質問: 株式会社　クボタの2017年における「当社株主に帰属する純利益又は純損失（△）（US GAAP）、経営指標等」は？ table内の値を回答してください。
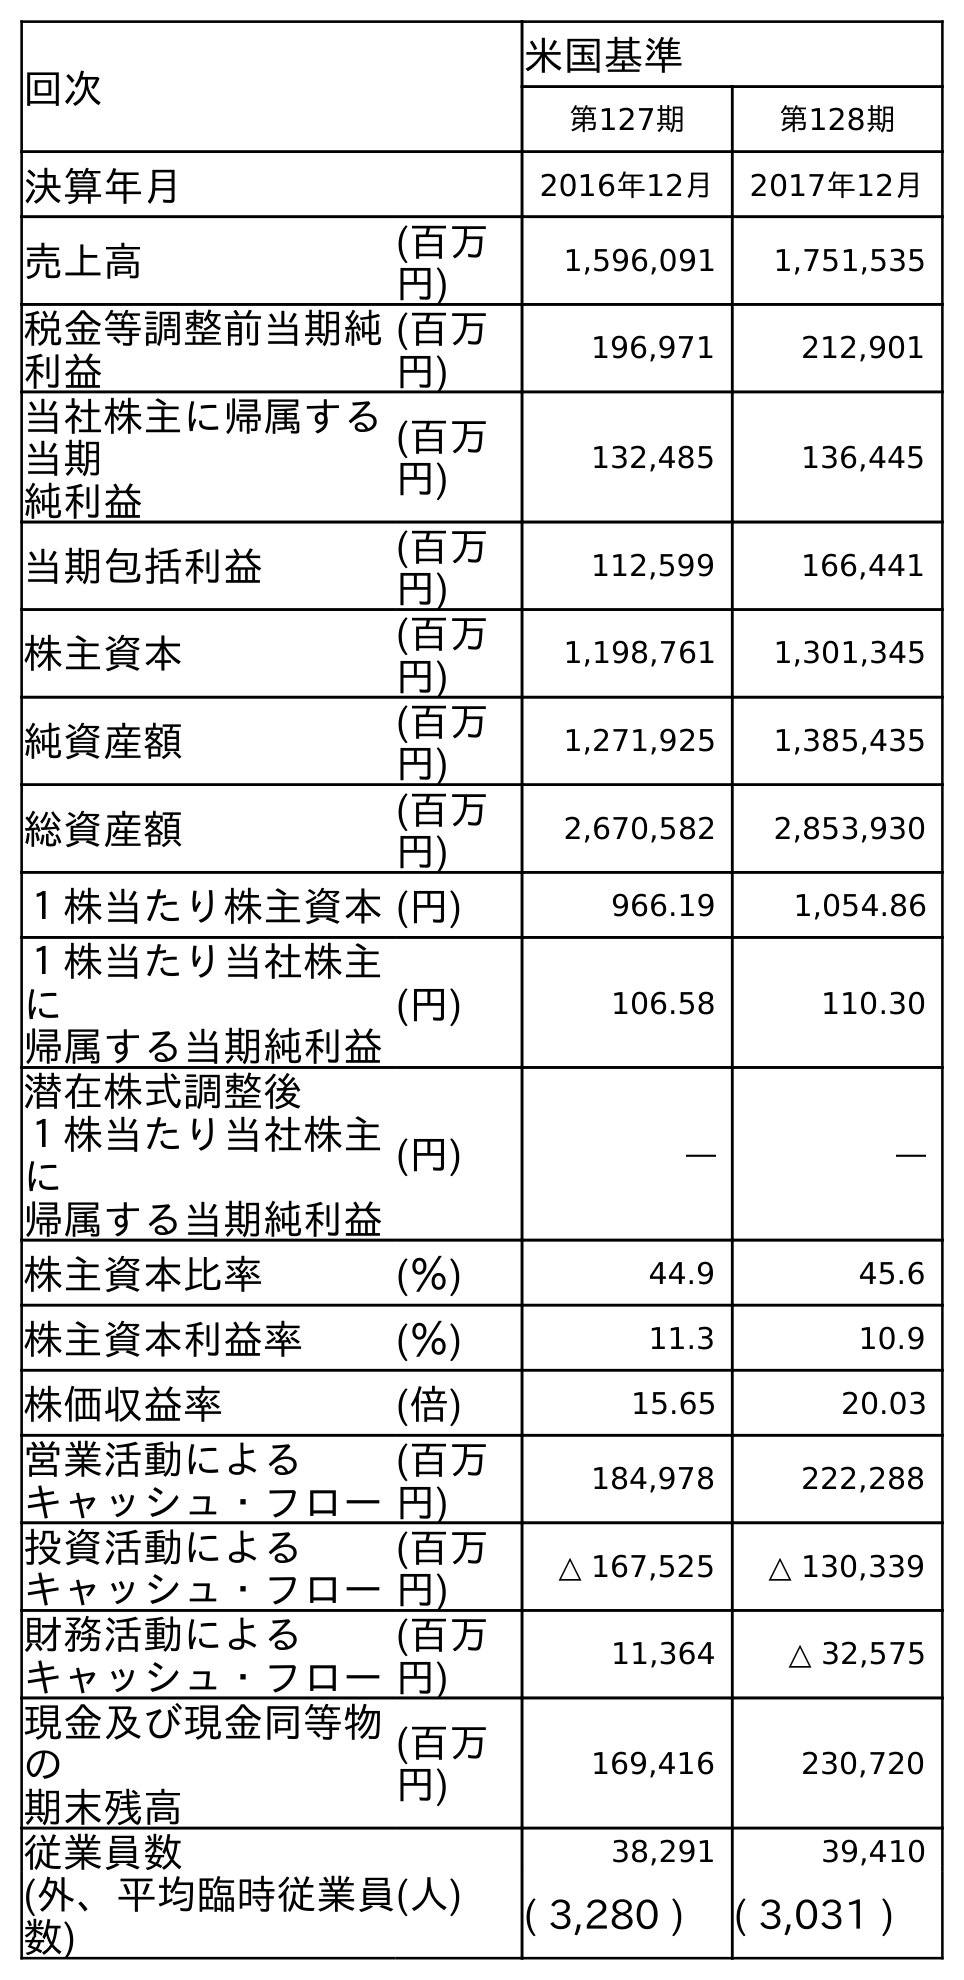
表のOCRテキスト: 回次 米国基準 第127期 第128期 決算年月 2016年12月 2017年12月 売上高 (百万 円) 1,596,091 1,751,535 税金等調整前当期純 利益 (百万 円) 196,971 212,901 当社株主に帰属する 当期 純利益 (百万 円) 132,485 136,445 当期包括利益 (百万 円) 112,599 166,441 株主資本 (百万 円) 1,198,761 1,301,345 純資産額 (百万 円) 1,271,925 1,385,435 総資産額 (百万 円) 2,670,582 2,853,930 １株当たり株主資本(円) 966.19 1,054.86 １株当たり当社株主 に 帰属する当期純利益 (円) 106.58 110.30 潜在株式調整後 １株当たり当社株主 に 帰属する当期純利益 (円) ― ― 株主資本比率 (％) 44.9 45.6 株主資本利益率 (％) 11.3 10.9 株価収益率 (倍) 15.65 20.03 営業活動による キャッシュ・フロー (百万 円) 184,978 222,288 投資活動による キャッシュ・フロー (百万 円) △ 167,525 △ 130,339 財務活動による キャッシュ・フロー (百万 円) 11,364 △ 32,575 現金及び現金同等物 の 期末残高 (百万 円) 169,416 230,720 従業員数 (人) 38,291 39,410 (外、平均臨時従業員 数) ( 3,280 ) ( 3,031 )
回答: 136,445